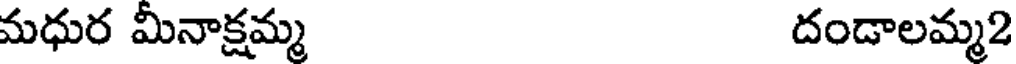
మధుర మీనాక్షమ్మ దండాలమ్మ2